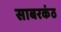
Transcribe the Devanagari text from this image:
साबरकंठ